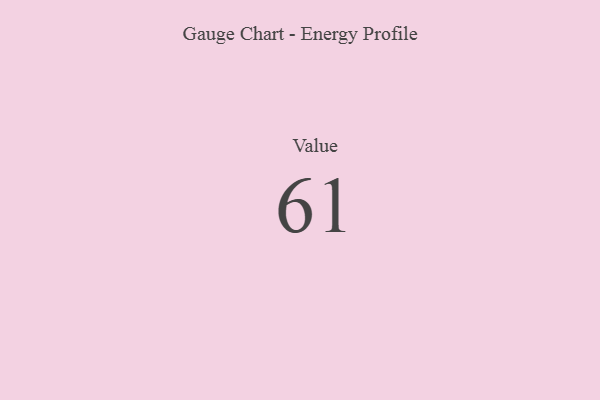
{"axis": {"x": "Metric", "y": "Value"}, "legend": [""], "data": [{"x": "Value", "y": 61, "type": ""}]}